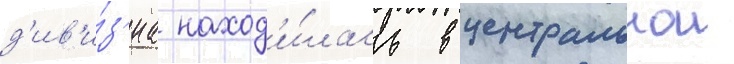
д'ив'и́з'иа наход'и́лась в центральнои